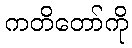
ကတိတော်ကို